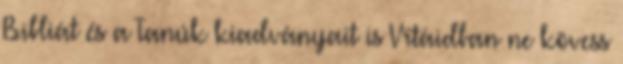
Bibliát és a Tanúk kiadványait is Vitáidban ne kövess